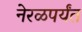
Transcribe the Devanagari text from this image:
नेरळपर्यंत